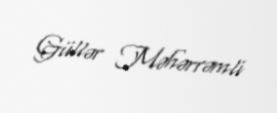
Güllər Məhərrəmli